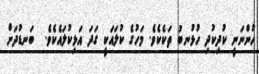
ހުންނަނީ ކުދިކުދި ހުޅުނބު ތަކެކެވެ. މަހުގެ ކުލައަކީ ގަދަ އަޅިކުލައެކެވެ.  ބަނޑުދަށް